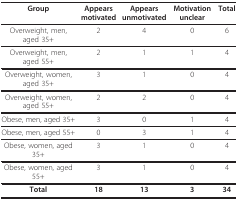
<table><thead><tr><td><b>Group</b></td><td><b>Appearsmotivated</b></td><td><b>Appearsunmotivated</b></td><td><b>Motivation unclear</b></td><td><b>Total</b></td></tr></thead><tbody><tr><td>Overweight, men, aged 35+</td><td>2</td><td>4</td><td>0</td><td>6</td></tr><tr><td>Overweight, men, aged 55+</td><td>2</td><td>1</td><td>1</td><td>4</td></tr><tr><td>Overweight, women, aged 35+</td><td>3</td><td>1</td><td>0</td><td>4</td></tr><tr><td>Overweight, women, aged 55+</td><td>2</td><td>2</td><td>0</td><td>4</td></tr><tr><td>Obese, men, aged 35+</td><td>3</td><td>0</td><td>1</td><td>4</td></tr><tr><td>Obese, men, aged 55+</td><td>0</td><td>3</td><td>1</td><td>4</td></tr><tr><td>Obese, women, aged 35+</td><td>3</td><td>1</td><td>0</td><td>4</td></tr><tr><td>Obese, women, aged 55+</td><td>3</td><td>1</td><td>0</td><td>4</td></tr><tr><td><b>Total</b></td><td><b>18</b></td><td><b>13</b></td><td><b>3</b></td><td><b>34</b></td></tr></tbody></table>